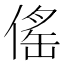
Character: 傜